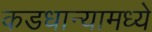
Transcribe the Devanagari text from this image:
कडधान्यामध्ये